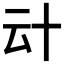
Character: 𠦊